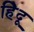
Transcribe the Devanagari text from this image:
हि॓दू